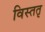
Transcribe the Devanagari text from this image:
विस्ततृ